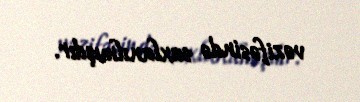
vəzifəsində saxlanılmışdır.